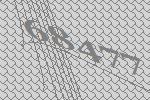
68477